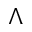
\Lambda